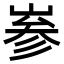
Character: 㟥